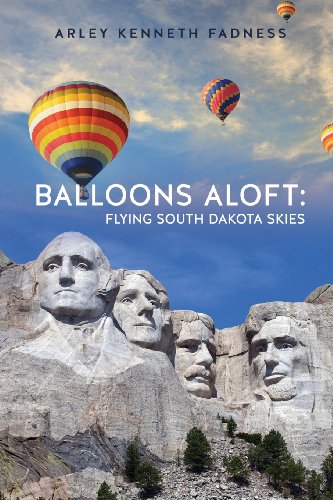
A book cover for Balloons Aloft: Flying South Dakota Skies; Arley Kenneth Fadness; Sports & Outdoors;